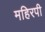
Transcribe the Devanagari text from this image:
महिरपी